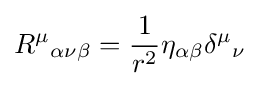
{R^{\mu }}_{\alpha \nu \beta }={1 \over r^{2}}\eta _{\alpha \beta }{\delta ^{\mu }}_{\nu }